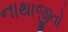
નાથાજીતો